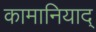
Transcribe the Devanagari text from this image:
कामानियाद्